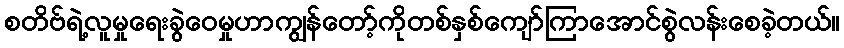
စတိဗ်ရဲ့လူမှုရေးခွဲဝေမှုဟာကျွန်တော့်ကိုတစ်နှစ်ကျော်ကြာအောင်စွဲလန်းစေခဲ့တယ်။